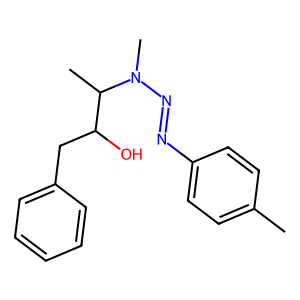
SMILES: Cc1ccc(N=NN(C)C(C)C(O)Cc2ccccc2)cc1
Inhibits HIV replication: No